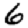
Digit: 6